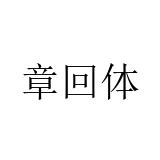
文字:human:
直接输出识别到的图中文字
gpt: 章回体